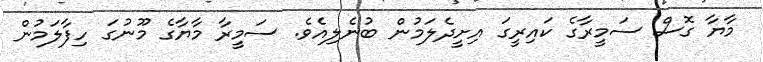
މާޔާ ގޮސް ސަމީރާގެ ކައިރީގަ އިށީދެލަމުން ބުނެލިއެވެ. ސަމީރާ މާޔާގެ މޫނުގަ ހިފާލަމުން